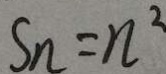
S _ { n } = n ^ { 2 }